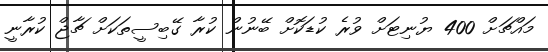
މައްޗަށް 400 ޔުނިޓަށް ވުރެ ކުޑަކޮށް ބޭނުން ކުރާ ގޭބިސީތަކަށް ޗާޖް ކުރާނީ